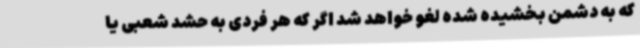
که به دشمن بخشیده شده لغو خواهد شد اگر که هر فردی به حشد شعبی یا